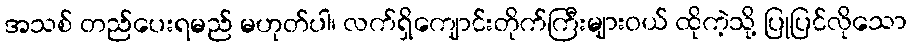
အသစ် တည်ပေးရမည် မဟုတ်ပါ၊ လက်ရှိကျောင်းတိုက်ကြီးများဝယ် ထိုကဲ့သို့ ပြုပြင်လိုသော